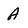
Character: A